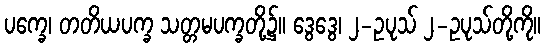
ပက္ခေ၊ တတိယပက္ခ သတ္တမပက္ခတို့၌။ ဒွေဒွေ၊ ၂-ဥပုသ် ၂-ဥပုသ်တို့ကို။